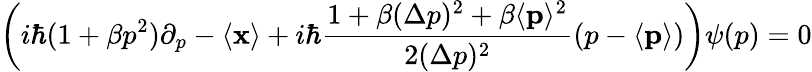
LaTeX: \left(i\hbar(1+\beta p^{2})\partial_{p}-\langle{\mathbf{x}}\rangle+i\hbar\frac{1+\beta(\Delta p)^{2}+\beta\langle{\mathbf{p}}\rangle^{2}}{2(\Delta p)^{2}}(p-\langle{\mathbf{p}}\rangle)\right)\psi(p)=0